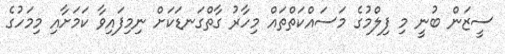
ސީޒަން ބުނީ މި ފިލްމުގެ މަސައްކަތްތައް މިހާރު ގާތްގަނޑަކަށް ނިމިފައިވާ ކަމަށާއި މިމަހުގެ